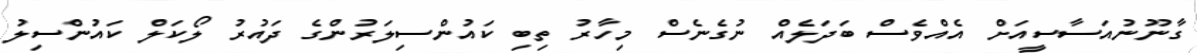
ގާނޫނުއަސާސީއަށް އެއްވެސް ބަދަލެއް ނުގެނެސް މިހާރު ތިބި ކައުންސިލަރުންގެ ދައުރު ލޯކަލް ކައުންސިލު